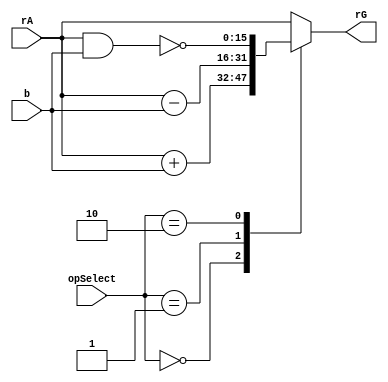



module ula (rA, b, opSelect, rG);

	input [15:0] rA, b;
	input [2:0] opSelect;
	output reg [15:0] rG;
	
	parameter REP = 3'b111;
	parameter LDI = 3'b101;
	parameter ADD = 3'b000;
	parameter SUB = 3'b001;
	parameter NAN = 3'b010;
	parameter OUT = 3'b100;
	
	always @* begin
	
		case (opSelect)
			ADD: rG = rA + b;
			SUB: rG = rA - b;
			NAN: rG = ~(rA & b);
			default: rG = rA;
		endcase
	
	end

endmodule